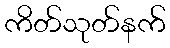
ကိတ်သုတ်နက်